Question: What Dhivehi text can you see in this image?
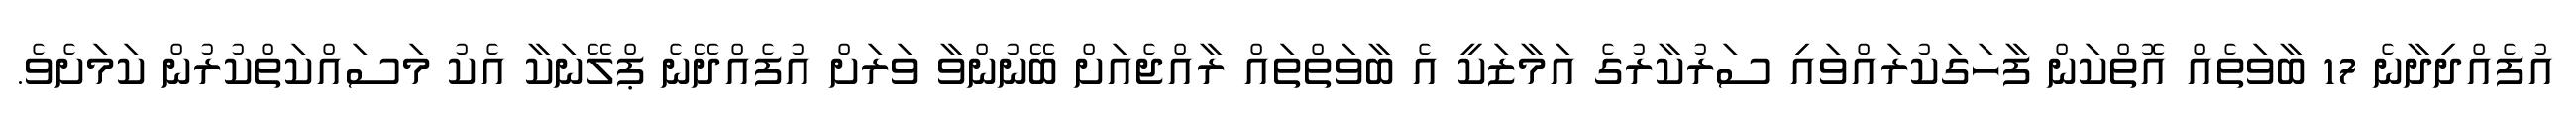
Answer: އުފެއްދިދާނެ 17 ބާވަތެއް އޮތްކަން ފާހަގަކުރައްވައި ސަރުކާރުގެ އަމާޒަކީ އެ ބާވަތްތައް ރާއްޖެއަށް ބޭނުންވާ ވަރަށް އުފެއްދޭނެ ޕްލޭނަކާ އެކު މަސައްކަތްކުރުން ކަމަށެވެ.